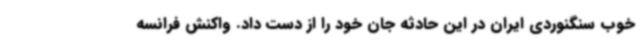
خوب سنگنوردی ایران در این حادثه جان خود را از دست داد. واکنش فرانسه